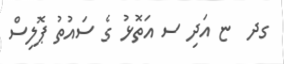
ގދ  ޏ އަދި ސ އަތޮޅު ގެ ސައުތު ޕޮލިސް